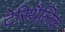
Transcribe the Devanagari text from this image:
टेरिथैलिक